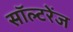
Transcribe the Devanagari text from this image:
सॉल्टरेंज